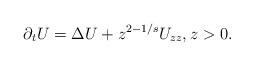
LaTeX: \begin{align*}\partial_tU=\Delta U+z^{2-1/s}U_{zz},z>0.\end{align*}